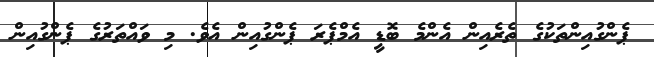
ޕެންގުއިންތަކުގެ ތެރެއިން އެންމެ ބޮޑީ އެމްޕެރަ ޕެންގުއިން އެވެ. މި ވައްތަރުގެ ޕެންގުއިން